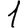
Digit: 1